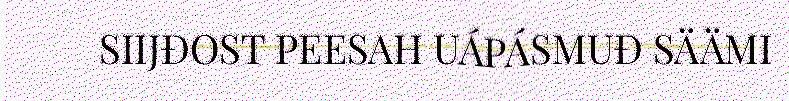
SIIJĐOST PEESAH UÁPÁSMUĐ SÄÄMI